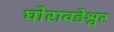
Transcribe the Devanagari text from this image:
घोरावडेश्वर